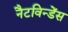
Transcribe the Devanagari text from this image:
नैटविन्डेंस